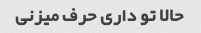
حالا تو داری حرف میزنی